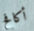
أكافح